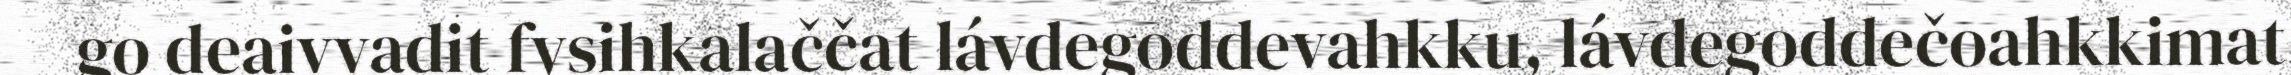
go deaivvadit fysihkalaččat lávdegoddevahkku, lávdegoddečoahkkimat